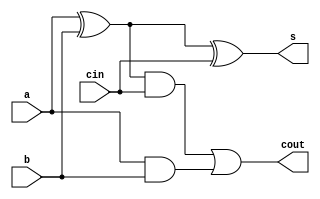
module full_adder(s,cout,a,b,cin);
input a,b,cin;
output s,cout;

wire s0,c0,c1;

xor x1(s0,a,b);
xor x2(s,s0,cin);

and a1(c0,a,b);
and a2(c1,s0,cin);

or o1(cout,c1,c0);

endmodule